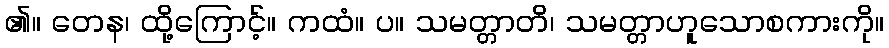
၏။ တေန၊ ထို့ကြောင့်။ ကထံ။ ပ။ သမတ္တာတိ၊ သမတ္တာဟူသောစကားကို။